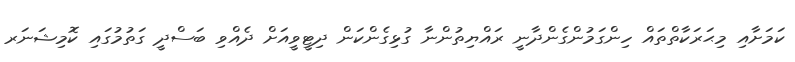
ކަމަށާއި މިޙަރަކާތްތައް ހިންގަމުންގެންދާނީ ރައްޔިތުންނާ ގުޅިގެންކަން ދިޓީވީއަށް ދެއްވި ބަސްދީ ގަތުމުގައި ކޮމިޝަނަރ